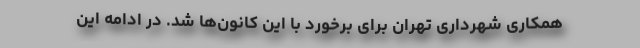
همکاری شهرداری تهران برای برخورد با این کانون‌ها شد. در ادامه این